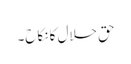
حق حلال کا نکاح۔